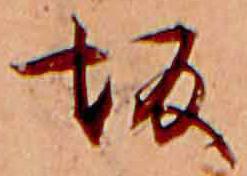
坂